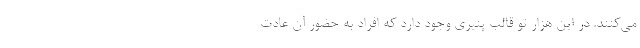
می‌کنند. در این هزار تو قالب پنیری وجود دارد که افراد به حضور آن عادت